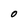
Character: O